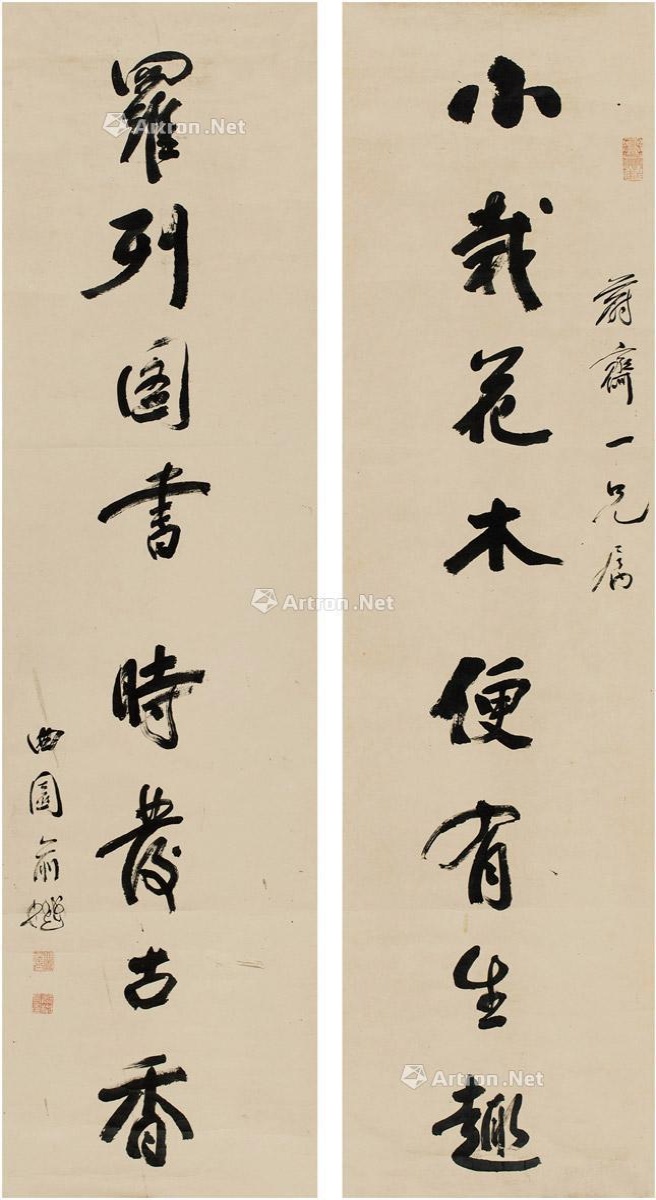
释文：小栽花木便有生趣，罗列图书时发古香。蔚斋一兄属，曲园俞樾。